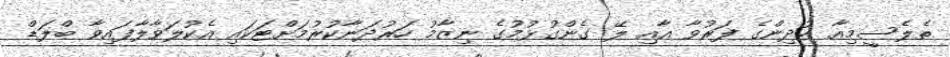
ތެލެސީމިއާ ކުދިންގެ ފަރުވާ އާއި ލޭ ގެންގުޅުމުގެ ނިޒާމު ހަރުދަނާކުރުމަށްޓަކައި އެކުލަވާލާފައިވާ ބްލަޑް